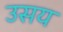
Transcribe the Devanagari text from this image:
उसय